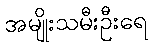
အမျိုးသမီးဦးရေ